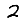
Digit: 2